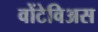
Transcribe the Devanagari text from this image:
वोंटेविअस